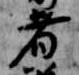
者